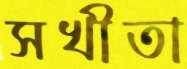
সখীতা